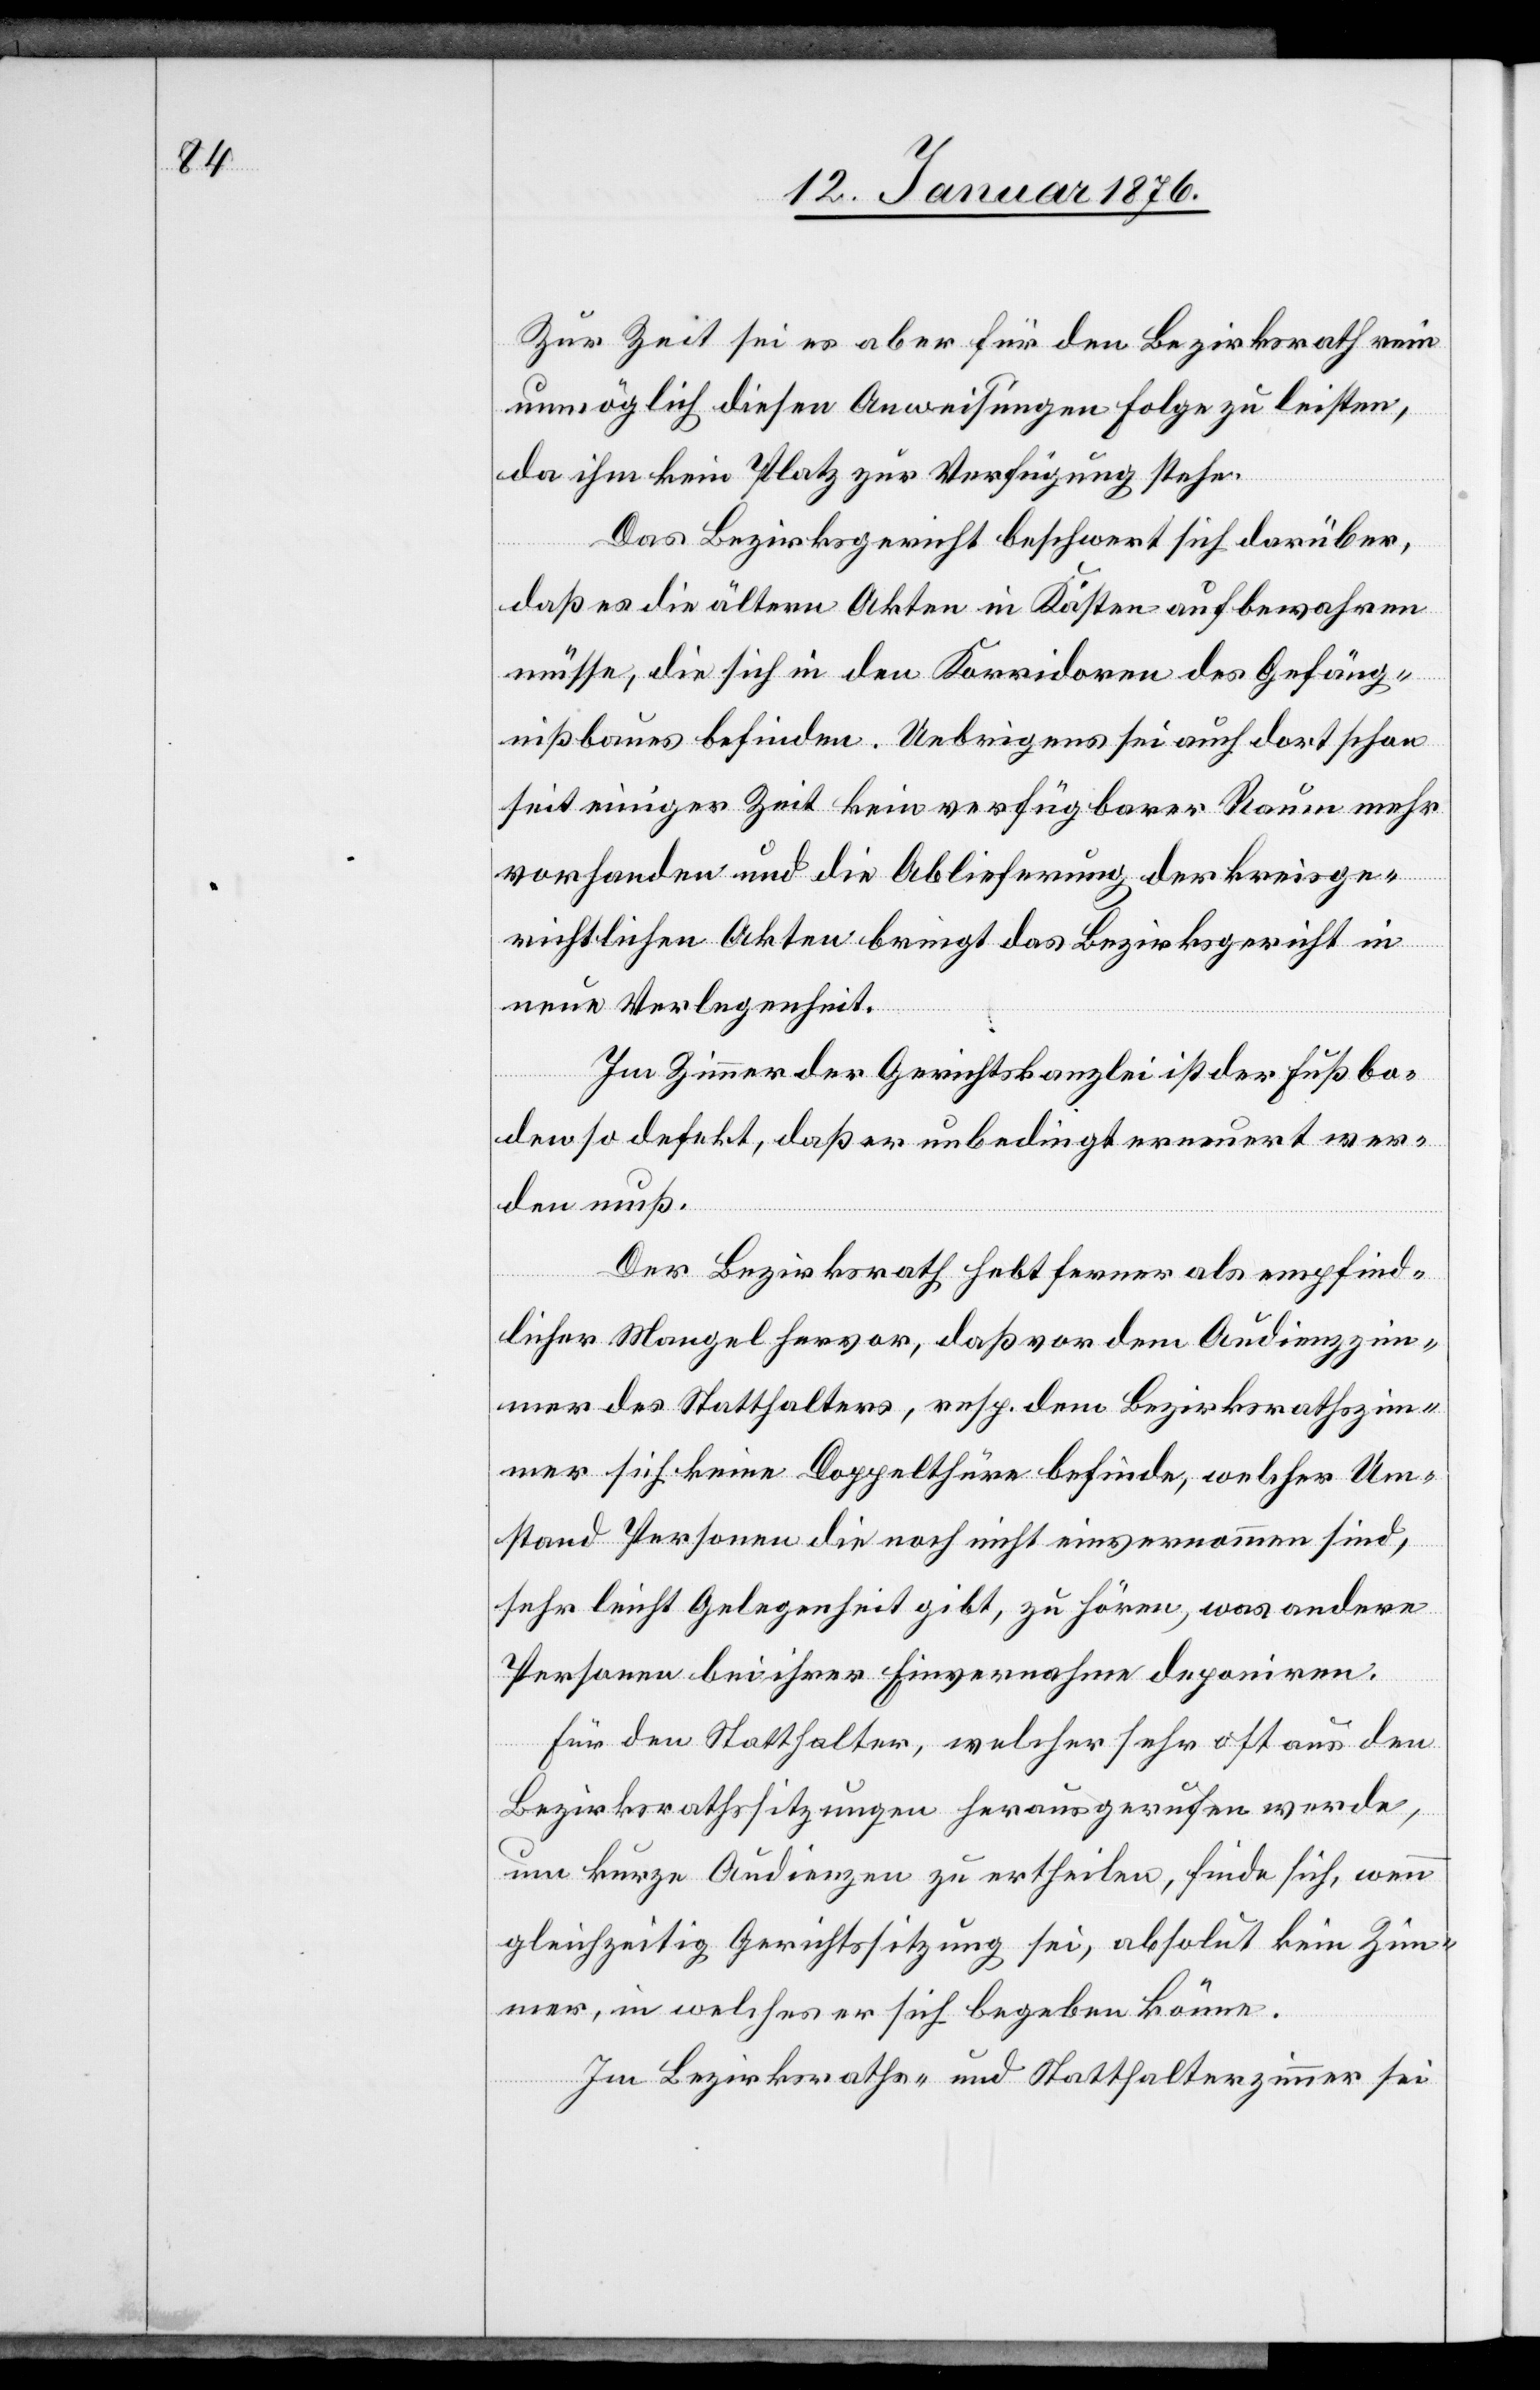
Zur Zeit sei es aber für den Bezirksrath rein
unmöglich diesen Anweisungen Folge zu leisten,
da ihm kein Platz zur Verfügung stehe.
Das Bezirksgericht beschwert sich darüber,
daß es die ältern Akten in Kästen aufbewahren
müsse, die sich in den Korridoren des Gefäng¬
nißbaues befinden. Uebrigens sei auch dort schon
seit einiger Zeit kein verfügbarer Raum mehr
vorhanden und die Ablieferung der kreisge¬
richtlichen Akten bringt das Bezirksgericht in
neue Verlegenheit.
Im Zimmer der Gerichtskanzlei ist der Fußbo¬
den so defekt, daß er unbedingt erneuert wer¬
den muß.
Der Bezirksrath hebt ferner als empfind¬
licher Mangel hervor, daß vor dem Audienzzim¬
mer des Statthalters, resp. dem Bezirksrathszim¬
mer sich keine Doppelthüre befinde, welcher Um¬
stand Personen die noch nicht einvernommen sind,
sehr leicht Gelegenheit gibt, zu hören, was andere
Personen bei ihrer Einvernahme deponiren.
Für den Statthalter, welcher sehr oft aus den
Bezirksrathssitzungen herausgerufen werde,
um kurze Audienzen zu ertheilen, finde sich, wenn
gleichzeitig Gerichtssitzung sei, absolut kein Zim¬
mer, in welches er sich begeben könne.
Im Bezirksraths- und Statthalterzimmer sei